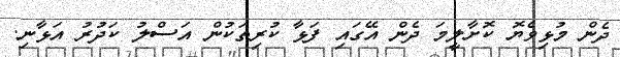
ދެން މުޅިވެޔޮ ކޮށާލީމަ ދެން އޭގައި ފަޅާ ކުރިތަކުން އަސްލު ކަދުރު އަޅާނި.